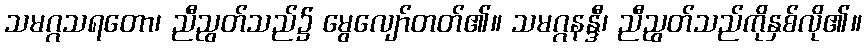
သမဂ္ဂသရတော၊ ညီညွတ်သည်၌ မွေလျော်တတ်၏။ သမဂ္ဂနန္ဒီ၊ ညီညွတ်သည်ကိုနှစ်လို၏။